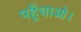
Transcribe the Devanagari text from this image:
पहुँचाओ।